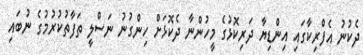
ދެކުނު އެފްރިކާގައި އިންޑިޔާ ދަރިކޮޅުގެ މީހުންނާ ދެކޮޅަށް ހިންގުނު ނަސްލީ ތަފާތުކުރުމުގެ ނުބައި